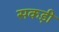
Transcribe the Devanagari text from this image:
सकड़ी